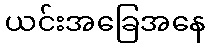
ယင်းအခြေအနေ